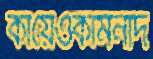
কায়েওকামনার্দ